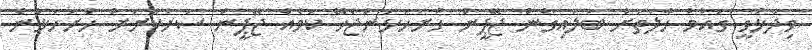
ވިދާޅުވީ ގައުމު ހާލަތަށް ބަލައިގެން ޖޭޕީން ހުށަހަޅަންޖެހޭ ކަމެއް ޖޭޕީން ސަރުކާރަށް ހުށަހަޅާނެ